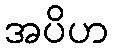
အပိဟ